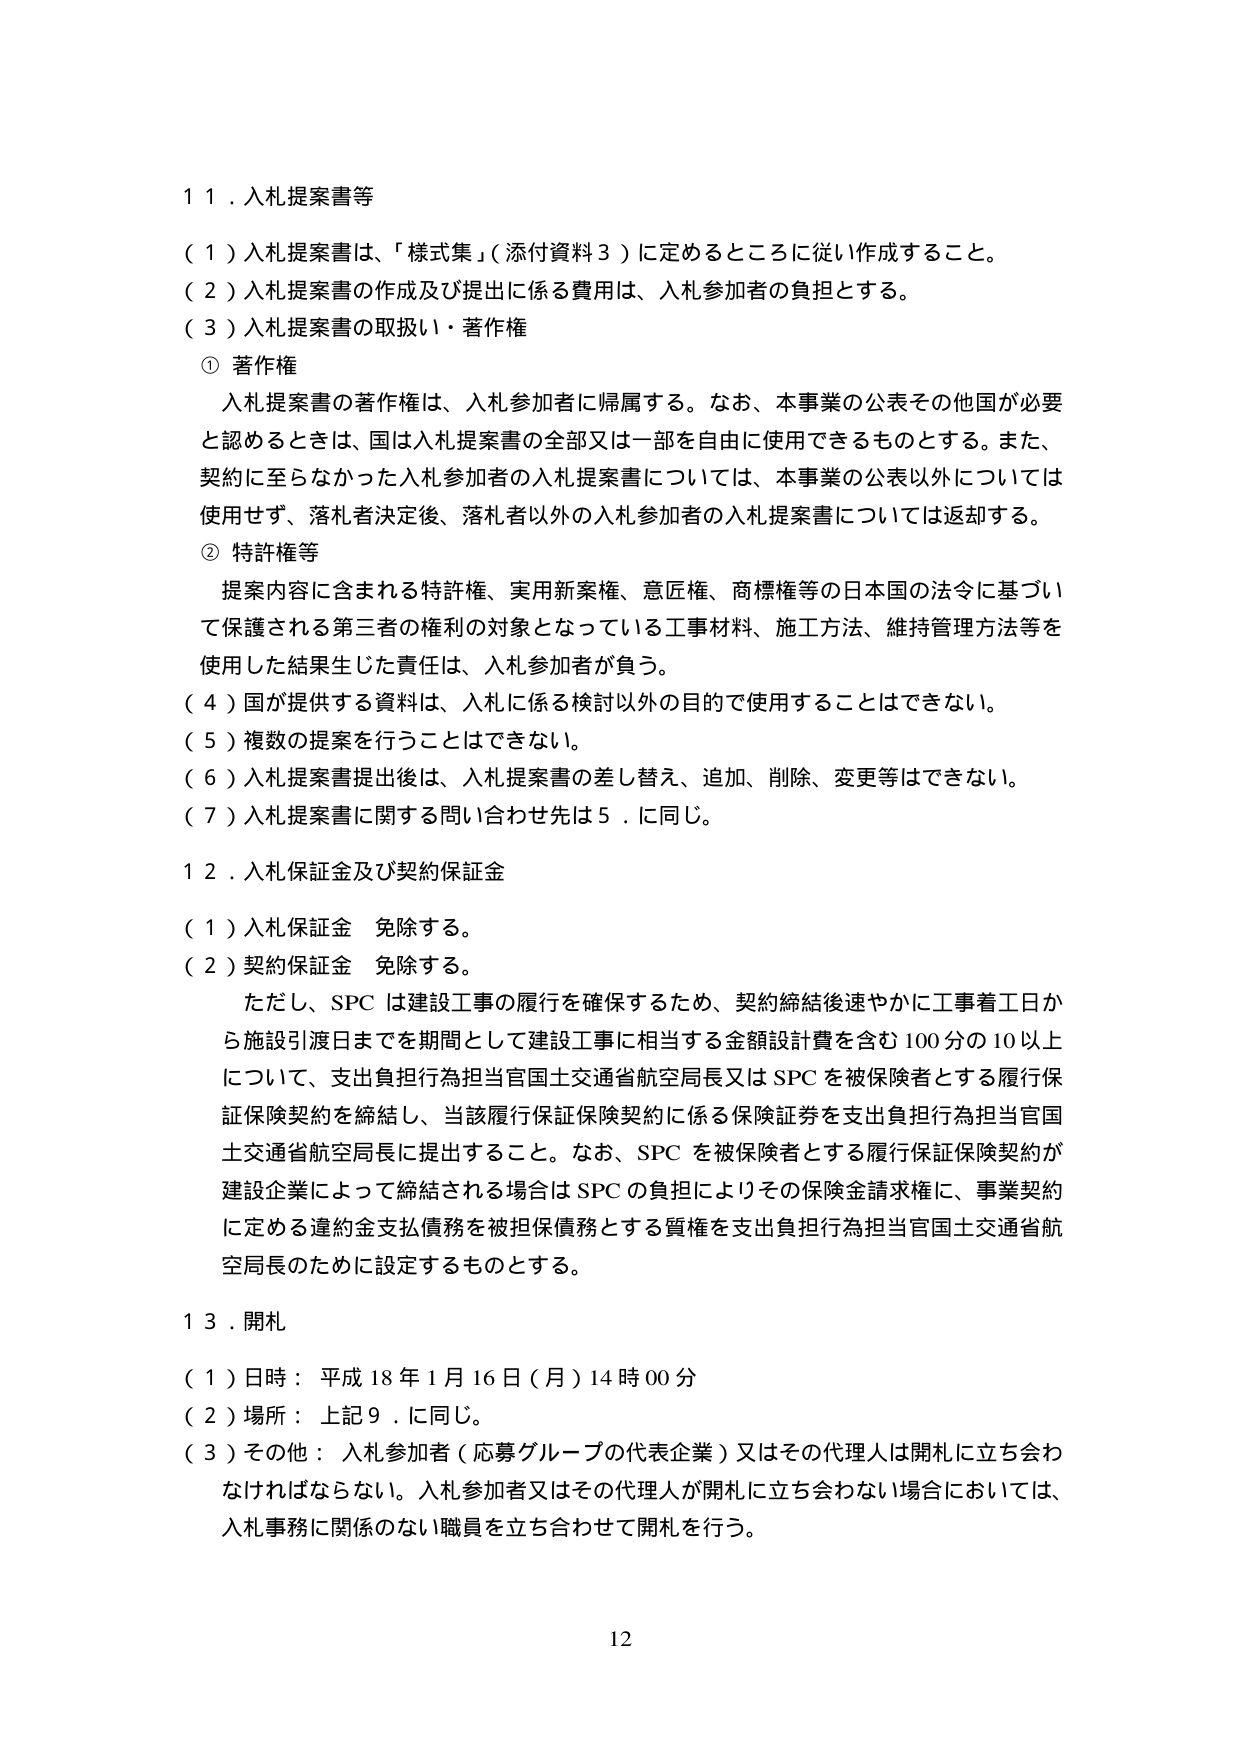
１１．入札提案書等

（１）入札提案書は、「様式集」（添付資料３）に定めるところに従い作成すること。

（２）入札提案書の作成及び提出に係る費用は、入札参加者の負担とする。

（３）入札提案書の取扱い・著作権

　① 著作権

　　入札提案書の著作権は、入札参加者に帰属する。なお、本事業の公表その他国が必要と認めるときは、国は入札提案書の全部又は一部を自由に使用できるものとする。また、契約に至らなかった入札参加者の入札提案書については、本事業の公表以外については使用せず、落札者決定後、落札者以外の入札参加者の入札提案書については返却する。

　② 特許権等

　　提案内容に含まれる特許権、実用新案権、意匠権、商標権等の日本国の法令に基づいて保護される第三者の権利の対象となっている工事材料、施工方法、維持管理方法等を使用した結果生じた責任は、入札参加者が負う。

（４）国が提供する資料は、入札に係る検討以外の目的で使用することはできない。

（５）複数の提案を行うことはできない。

（６）入札提案書提出後は、入札提案書の差し替え、追加、削除、変更等はできない。

（７）入札提案書に関する問い合わせ先は５．に同じ。

１２．入札保証金及び契約保証金

（１）入札保証金　免除する。

（２）契約保証金　免除する。

　　ただし、SPC は建設工事の履行を確保するため、契約締結後速やかに工事着工日から施設引渡日までを期間として建設工事に相当する金額設計費を含む100分の10以上について、支出負担行為担当官国土交通省航空局長又はSPCを被保険者とする履行保証保険契約を締結し、当該履行保証保険契約に係る保険証券を支出負担行為担当官国土交通省航空局長に提出すること。なお、SPCを被保険者とする履行保証保険契約が建設企業によって締結される場合はSPCの負担によりその保険金請求権に、事業契約に定める違約金支払債務を被担保債務とする質権を支出負担行為担当官国土交通省航空局長のために設定するものとする。

１３．開札

（１）日時：平成18年1月16日（月）14時00分

（２）場所：上記９．に同じ。

（３）その他：入札参加者（応募グループの代表企業）又はその代理人は開札に立ち会わなければならない。入札参加者又はその代理人が開札に立ち会わない場合においては、入札事務に関係のない職員を立ち合わせて開札を行う。

12